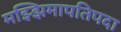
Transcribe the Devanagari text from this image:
मझ्झिमापतिपदा